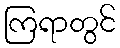
ကြရာတွင်